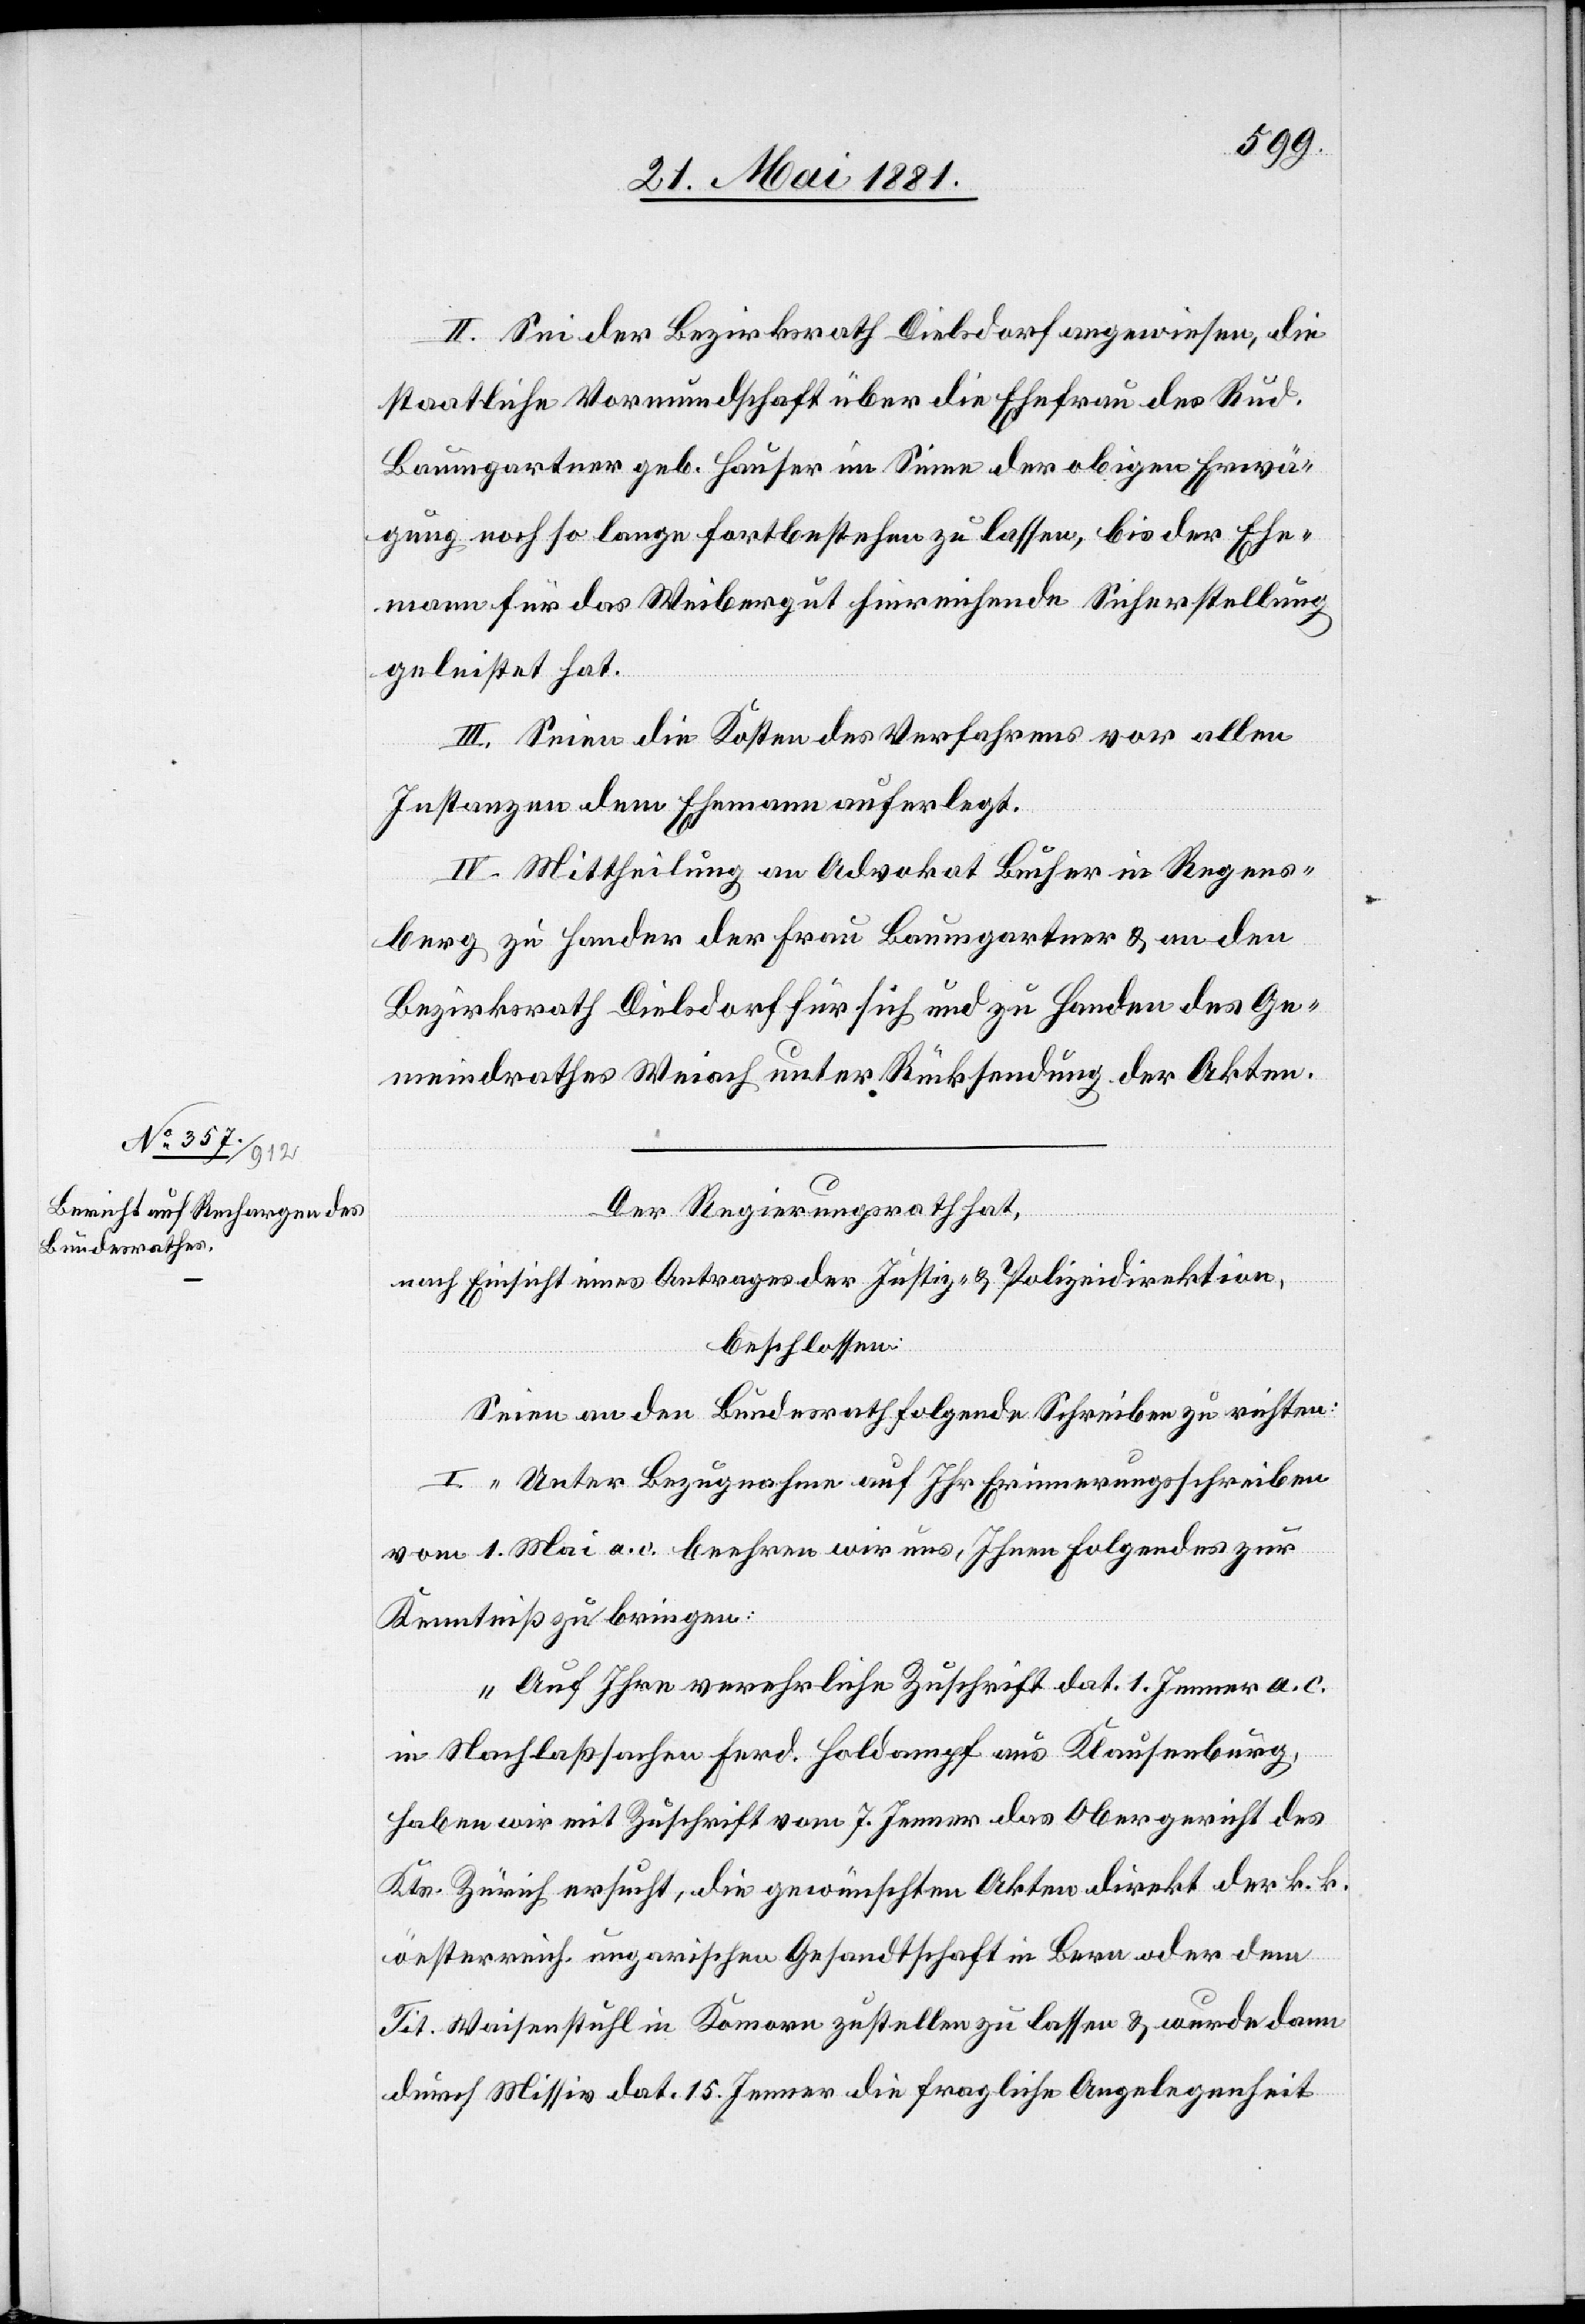
II. Sei der Bezirksrath Dielsdorf angewiesen, die
staatliche Vormundschaft über die Ehefrau des Rud.
Baumgartner geb. Hauser im Sinne der obigen Erwä¬
gung noch so lange fortbestehen zu lassen, bis der Ehe¬
mann für da Weibergut hinreichende Sicherstellung
geleistet hat.
III. Seien die Kosten des Verfahrens vor allen
Instanzen dem Ehemann auferlegt.
IV. Mittheilung an Advokat Bucher in Regens¬
berg zu Handen der Frau Baumgartner & an den
Bezirksrath Dielsdorf für sich und zu Handen des Ge¬
meindrathes Weiach unter Rücksendung der Akten.
Der Regierungsrath hat,
nach Einsicht eines Antrages der Justiz- & Polizeidirektion,
beschlossen
Seien an den Bundesrath folgende Schreiben zu richten:
I. „Unter Bezugnahme auf Ihr Erinnerungsschreiben
vom 1. Mai a. c. beehren wir uns, Ihnen folgendes zur
Kenntniß zu bringen:
Auf Ihre vereehrliche Zuschrift dat. 1. Jenner a. c.
in Nachlaßsachen Ferd. Holdampf aus Klausenburg,
haben wir mit Zuschrift vom 7. Jenner das Obergericht des
Kts. Zürich ersucht, die gewünschten Akten direkt der k. k.
oesterreich. ungarischen Gesandtschaft in Bern oder dem
Tit. Waisenstuhl in Komorn zustellen zu lassen & wurde dann
durch Missiv dat. 15. Jenner die fragliche Angelegenheit